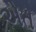
એત